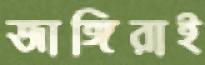
জাঙ্গিরাই